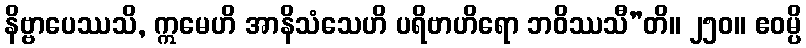
နိဗ္ဗာပေဿသိ, ဣမေဟိ အာနိသံသေဟိ ပရိဗာဟိရော ဘဝိဿသီ”တိ။ ၂၅၀။ ဧဝမ္ပိ